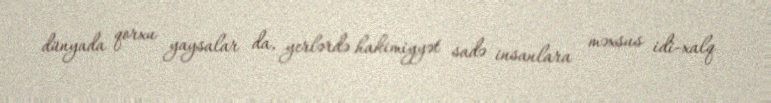
dünyada qorxu yaysalar da, yerlərdə hakimiyyət sadə insanlara məxsus idi-xalq